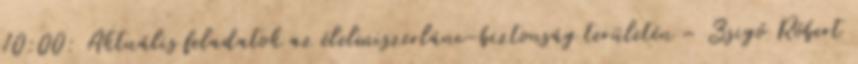
10:00: Aktuális feladatok az élelmiszerlánc-biztonság területén – Zsigó Róbert